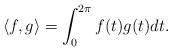
\begin{align*}\langle f,g \rangle=\int_0^{2\pi}f(t)g(t)dt.\end{align*}